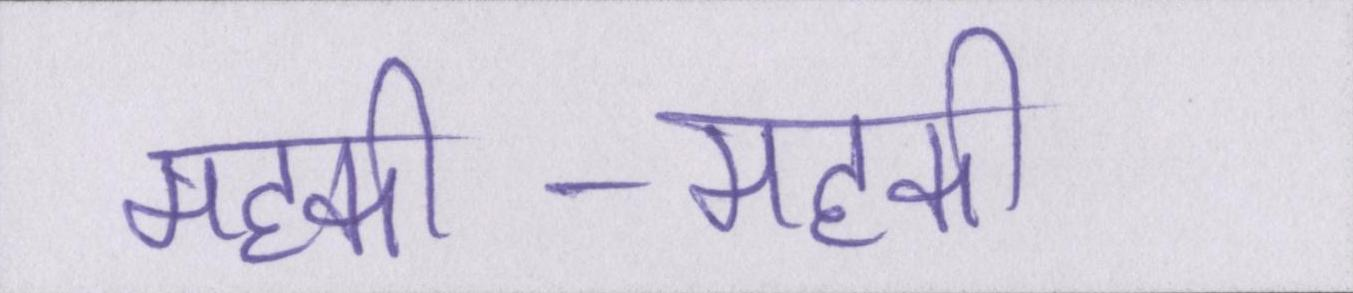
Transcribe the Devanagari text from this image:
महकी-महकी